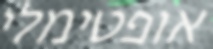
אופטימלי